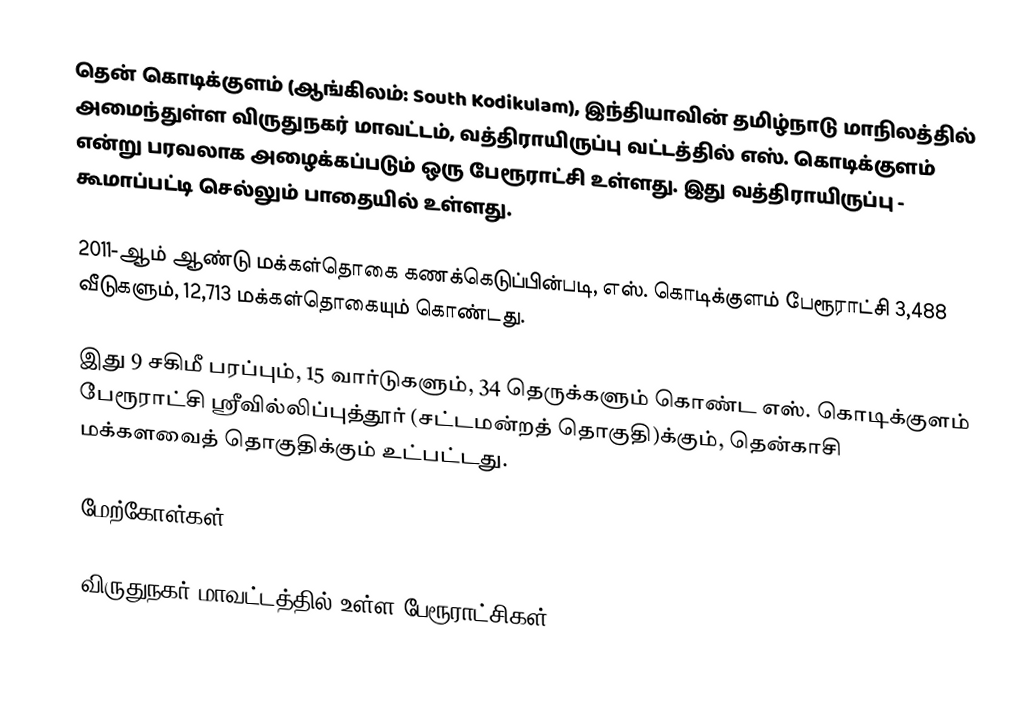
தென் கொடிக்குளம் (ஆங்கிலம்: South Kodikulam), இந்தியாவின் தமிழ்நாடு மாநிலத்தில் அமைந்துள்ள விருதுநகர் மாவட்டம், வத்திராயிருப்பு வட்டத்தில்  எஸ். கொடிக்குளம் என்று பரவலாக அழைக்கப்படும் ஒரு பேரூராட்சி உள்ளது. இது வத்திராயிருப்பு - கூமாப்பட்டி செல்லும் பாதையில் உள்ளது.

2011-ஆம் ஆண்டு மக்கள்தொகை கணக்கெடுப்பின்படி, எஸ். கொடிக்குளம்  பேரூராட்சி   3,488   வீடுகளும்,      12,713 மக்கள்தொகையும் கொண்டது.

இது 9 சகிமீ பரப்பும்,  15 வார்டுகளும், 34 தெருக்களும் கொண்ட எஸ். கொடிக்குளம்  பேரூராட்சி ஸ்ரீவில்லிப்புத்தூர் (சட்டமன்றத் தொகுதி)க்கும், தென்காசி மக்களவைத் தொகுதிக்கும் உட்பட்டது.

மேற்கோள்கள்

விருதுநகர் மாவட்டத்தில் உள்ள பேரூராட்சிகள்